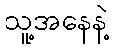
သူ့အနေနဲ့